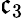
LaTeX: \mathfrak{c}_{3}